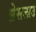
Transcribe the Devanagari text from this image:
ब्रेसलाउ